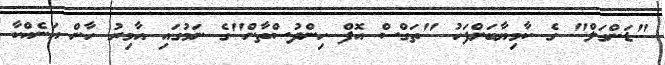
"ޑަންގަލް" ގެ ކާމިޔާބަށްފަހު "ތަގްސް އޮފް ހިންދުސްތާން"ގެ ނަމުގައި އާމިރު ހާން އަނެއްކާ